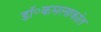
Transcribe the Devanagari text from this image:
डॉ॰कमलाकांत